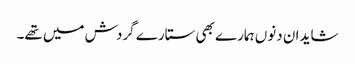
شاید ان دنوں ہمارے بھی ستارے گردش میں تھے۔